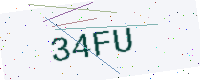
Text: 34FU